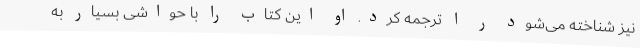
نیز شناخته‌ می‌شود ر ا ترجمه کرد. او این کتاب را با حواشی بسیار به